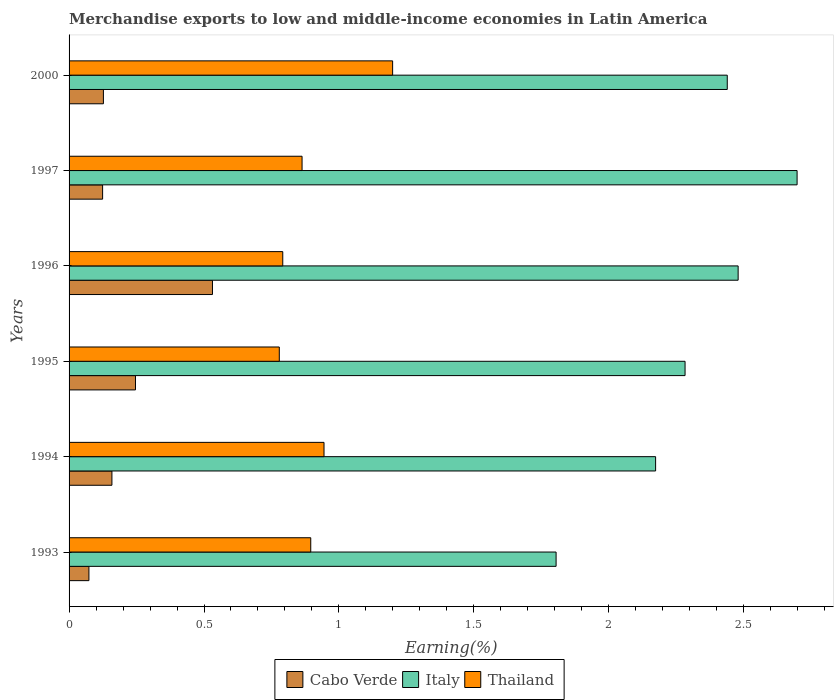
| Years | Cabo Verde | Italy | Thailand |
 | --- | --- | --- | --- |
 | 1993 | 0.0736 | 1.8 | 0.896 |
 | 1994 | 0.159 | 2.17 | 0.945 |
 | 1995 | 0.246 | 2.28 | 0.779 |
 | 1996 | 0.531 | 2.48 | 0.792 |
 | 1997 | 0.124 | 2.7 | 0.863 |
 | 2000 | 0.127 | 2.44 | 1.2 |